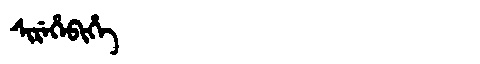
Manchu: ᠰᡳᡵᡝᡥᡝᠪᡳᡥᡝ
Romanization: SIREHEBIHE